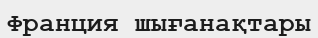
Франция шығанақтары